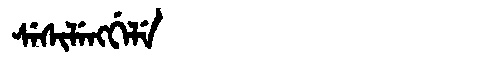
Manchu: ᠰᡝᠰᡳᠯᡝᠩᡤᡝᠯᡝ
Romanization: SESILENGGELE